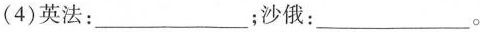
(4)英法：___ ；沙俄：___。